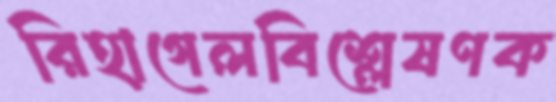
রিহাগেলবিশ্লেষণক